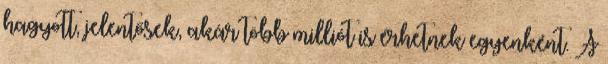
hagyott, jelentősek, akár több milliót is érhetnek egyenként. A